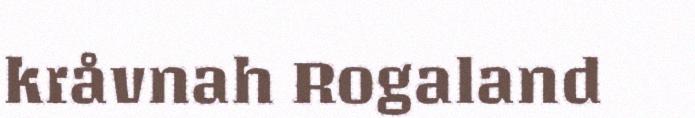
kråvnah Rogaland